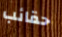
حقائب